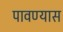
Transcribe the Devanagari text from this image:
पावण्यास